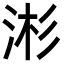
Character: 涁